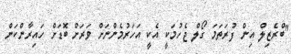
"ބްރެޒިލް އިން ފުރަތަމަ ގޯލް ޖެހުމަކީ އެކީ އަހަރުމެންނަށް ވަރަށް ބޮޑަށް ހައިރާންކަން